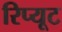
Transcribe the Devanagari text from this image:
रिप्यूट